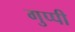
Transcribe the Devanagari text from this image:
गुप्पी